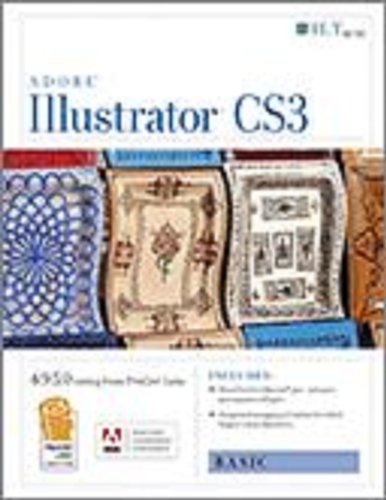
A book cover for Illustrator Cs3: Basic, Ace Edition + Certblaster, Student Manual (ILT); Axzo Press; Computers & Technology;